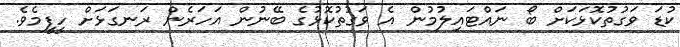
ކުޑަ ވަގުތުކޮޅަކަށް ބޯ ނައްޓައިލުމުން އެ ވަގުތުކޮޅުގެ ބޭނުން އަހަރެން ރަނގަޅަށް ހީފީމެވެ.